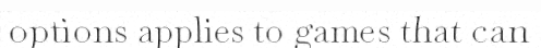
options applies to games that can